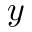
y